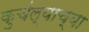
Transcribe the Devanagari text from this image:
कुचंल्याच्या